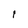
Character: i